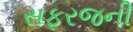
સફરજની